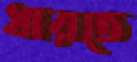
ধারতে